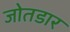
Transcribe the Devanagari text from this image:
जोतडार